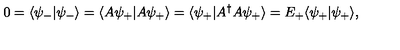
0 = \langle \psi _ { - } | \psi _ { - } \rangle = \langle A \psi _ { + } | A \psi _ { + } \rangle = \langle \psi _ { + } | A ^ { \dagger } A \psi _ { + } \rangle = E _ { + } \langle \psi _ { + } | \psi _ { + } \rangle ,